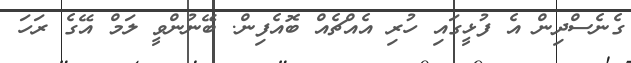
ގެނެސްދިން އެ ފުޅީގައި ހުރި އެއްޗެއް ބޮއެފިން. ބޭނުންވީ ލަމް އޭގެ ރަހަ